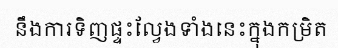
នឹងការទិញផ្ទះល្វែងទាំងនេះក្នុងកម្រិត